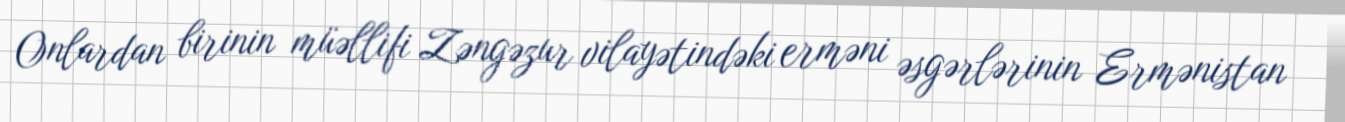
Onlardan birinin müəllifi Zəngəzur vilayətindəki erməni əsgərlərinin Ermənistan